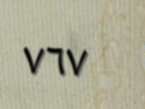
٧٦٧